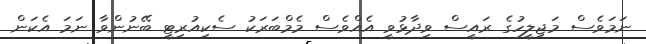
ނަމަވެސް މަޖިލީހުގެ ރައީސް ވިދާޅުވީ އެއްވެސް މެމްބަރަކު ސެކިއުރިޓީ ބޭނުންވާ ނަމަ އެކަން